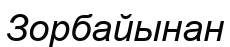
Зорбайынан